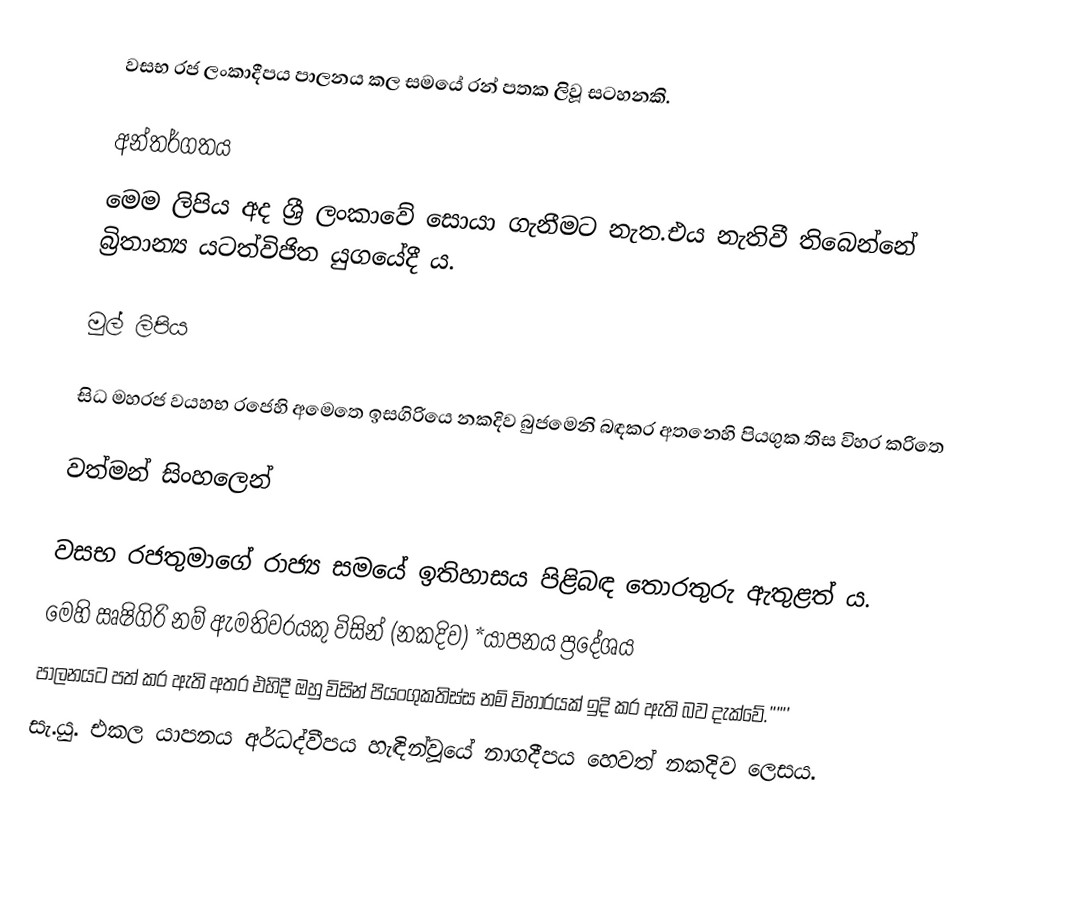
වසභ රජ ලංකාදීපය පාලනය කල සමයේ රන් පතක ලිවූ සටහනකි.

අන්තර්ගතය
මෙම ලිපිය අද ශ්‍රී ලංකාවේ සොයා ගැනීමට නැත.එය නැතිවී තිබෙන්නේ බ්‍රිතාන්‍ය යටත්විජිත යුගයේදී ය.

මුල් ලිපිය

සිධ මහරජ වයහභ රජෙහි අමෙතෙ ඉසගිරියෙ නකදිව බුජමෙනි බඳකර අතනෙහි පියගුක තිස විහර කරිතෙ

වත්මන් සිංහලෙන්

වසභ රජතුමාගේ රාජ්‍ය සමයේ ඉතිහාසය පිළිබඳ තොරතුරු ඇතුළත් ය.
මෙහි ඍෂිගිරි නම් ඇමතිවරයකු විසින් (නකදිව) *යාපනය ප්‍රදේශය
පාලනයට පත් කර ඇති අතර එහිදී ඔහු විසින් පියංගුකතිස්ස නම් විහාරයක් ඉදි කර ඇති බව දැක්වේ.''''''
සැ.යු. එකල යාපනය අර්ධද්වීපය හැඳින්වූයේ නාගදීපය හෙවත් නකදිව ලෙසය.